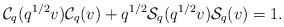
LaTeX: \begin{align*} \mathcal{C}_{q}(q^{1/2}v)\mathcal{C}_{q}(v)+q^{1/2}\mathcal{S}_{q}(q^{1/2}v)\mathcal{S}_{q}(v)=1. \end{align*}